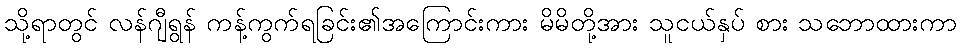
သို့ရာတွင် လန်ဂျီရွန် ကန့်ကွက်ရခြင်း၏အကြောင်းကား မိမိတို့အား သူငယ်နှပ် စား သဘောထားကာ